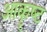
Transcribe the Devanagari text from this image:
आकॄष्‍ट